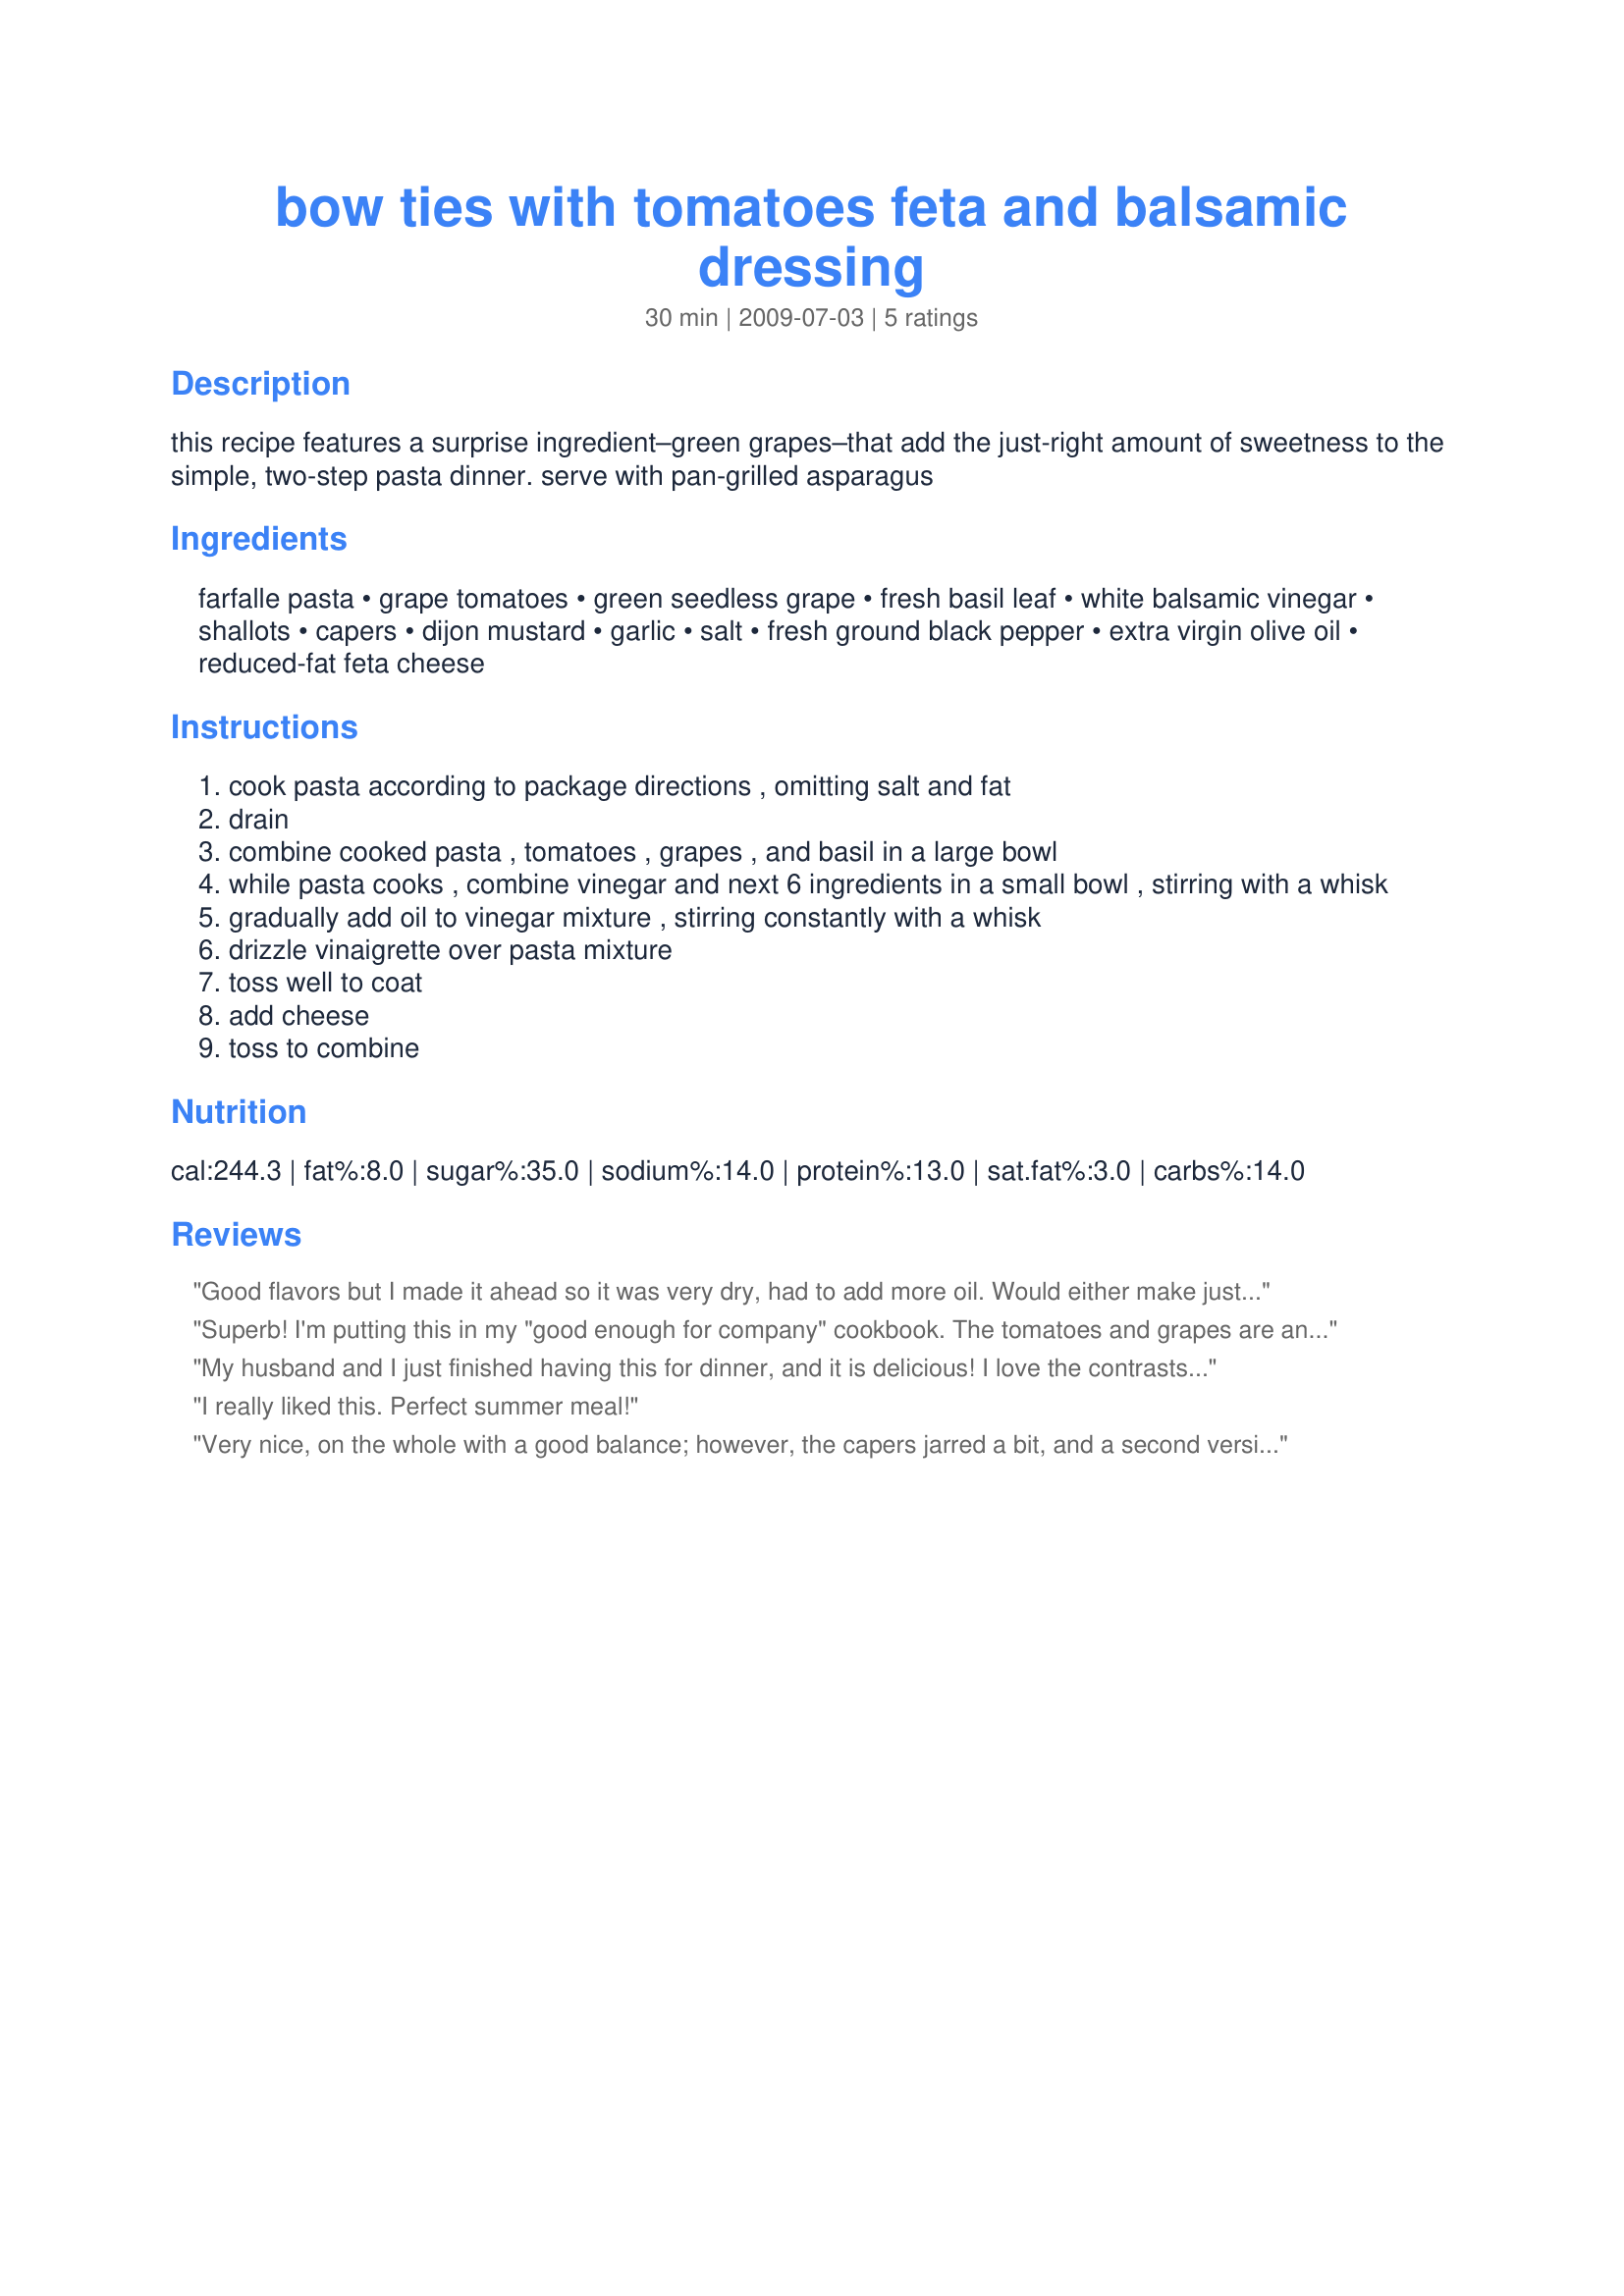
bow ties with tomatoes feta and balsamic dressing
Preparation time: 30 minutes

this recipe features a surprise ingredient–green grapes–that add the just-right amount of sweetness to the simple, two-step pasta dinner. serve with pan-grilled asparagus

Ingredients:
farfalle pasta, grape tomatoes, green seedless grape, fresh basil leaf, white balsamic vinegar, shallots, capers, dijon mustard, garlic, salt, fresh ground black pepper, extra virgin olive oil, reduced-fat feta cheese

Steps:
cook pasta according to package directions , omitting salt and fat
drain
combine cooked pasta , tomatoes , grapes , and basil in a large bowl
while pasta cooks , combine vinegar and next 6 ingredients in a small bowl , stirring with a whisk
gradually add oil to vinegar mixture , stirring constantly with a whisk
drizzle vinaigrette over pasta mixture
toss well to coat
add cheese
toss to combine

Reviews:
Good flavors but I made it ahead so it was very dry, had to add more oil. Would either make just before serving or save half of the dressing to refresh the salad.
Superb! I'm putting this in my "good enough for company" cookbook. The tomatoes and grapes are an excellent combination and the vinagrette is just the right touch. I used whole wheat spirals and red grapes, but will try green next time just to see which color combo I like better. I'm quite sure either color will be just as delicious. (I also used the red balsamic vinegar and it still looks and tastes great!)
My husband and I just finished having this for dinner, and it is delicious! I love the contrasts of texture and flavor; and it was so simple to make, without heating the kitchen up on a hot summer day. I realized halfway through that I was out of dijon mustard, so I used some truffle mustard that I got in France. I also cut the recipe in half, and it turned out perfectly. Thanks for a great recipe Kitty!
I really liked this. Perfect summer meal!
Very nice, on the whole with a good balance; however, the capers jarred a bit, and a second version I made without them was decidedly better. It improves even further with fresh garlic instead of the bottled stuff.
